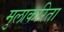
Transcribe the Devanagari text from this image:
मुलाकरिता